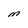
Character: M